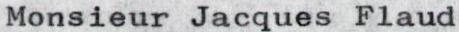
Monsieur Jacques Flaud